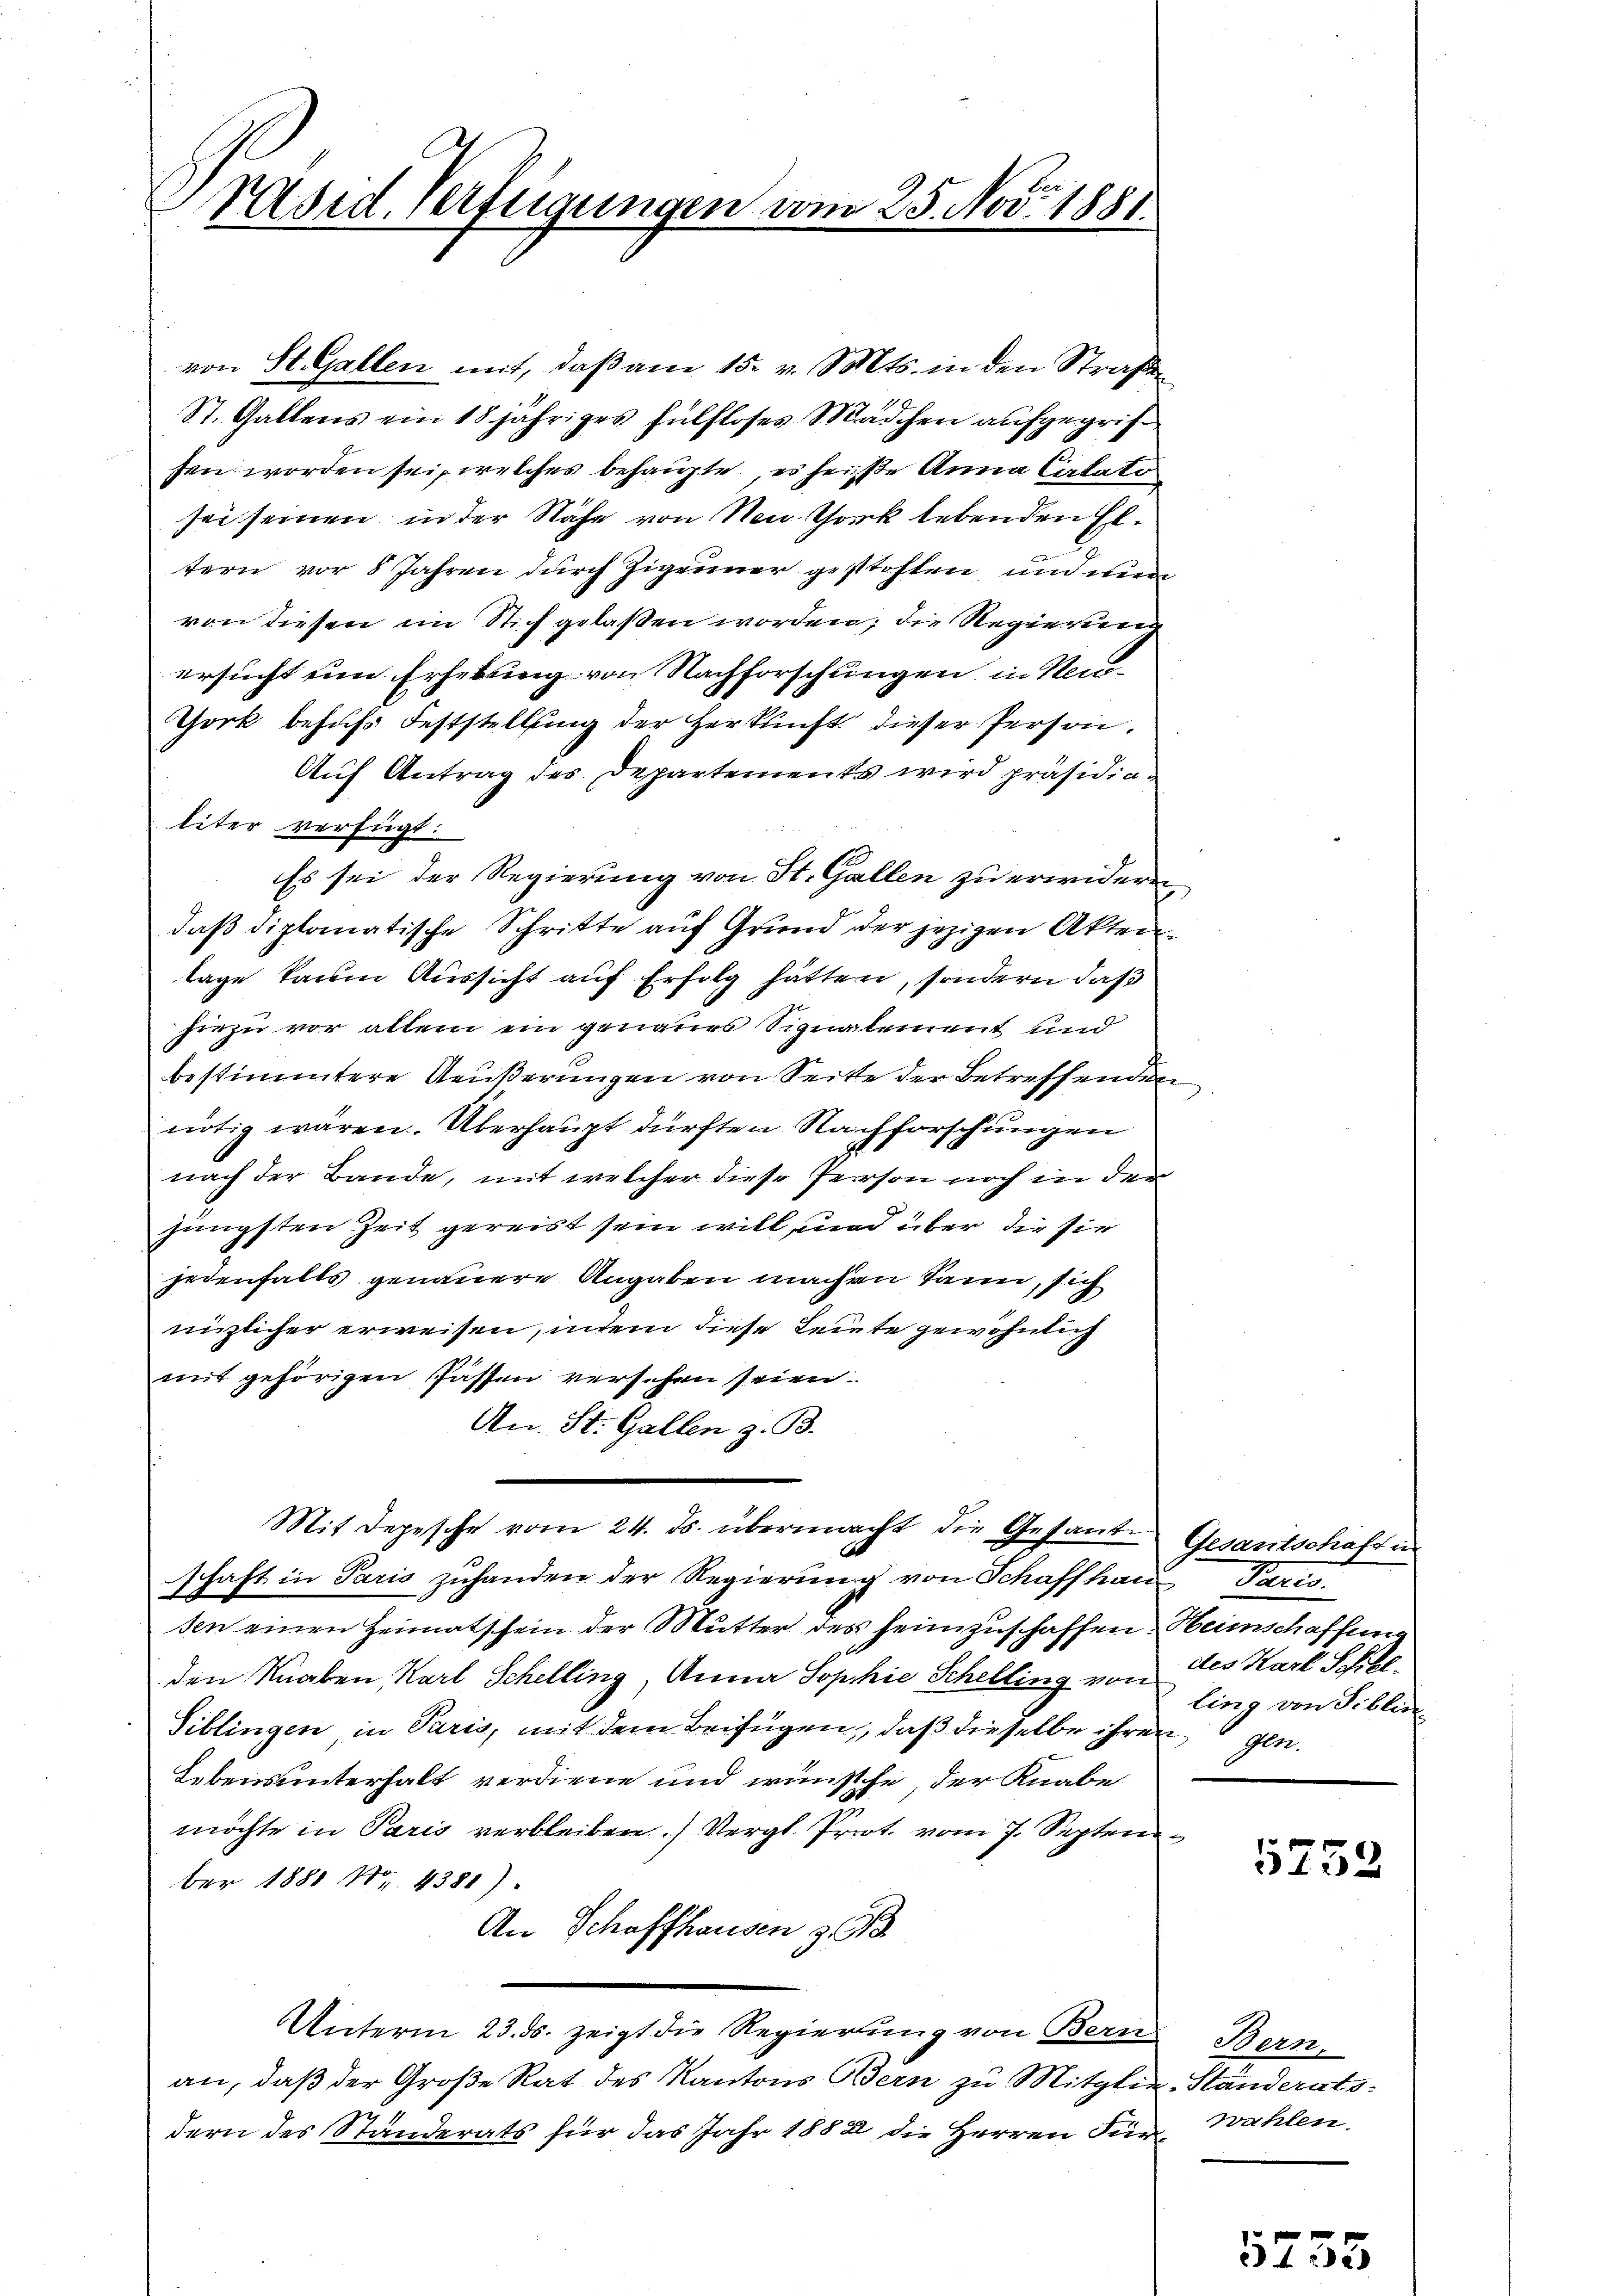
.
Päsid. Verfügungen vom 25. Nov. 1881

von St. Gallen mit, daß am 15. v. Mts. in den Straßen
St. Gallens ein 18 jähriges hülfloses Mädchen aufgegrif
fen worden sei, welches behaupte, es heiße Anna Catalo
sei seinen in der Nähe von Non Chork lebenden Eltern vor 8 Jahren durch Zigeuner gestoften, und ma
von diesen im Stich gelaßen worden; die Regierung
ersucht ein Erhebung von Nachforschungen in Neu-
Tork behufs Feststellung der Herkunft dieser Person.
Auf Antrag des Departements wird präsidialiter verfügt:
Es sei der Regierung von St. Gallen zu erwideren
daß diplomatische Schritte auf Grund der jezigen Aktenlage kaum Aussicht auf Erfolg hätten, sondern daß
hiezu vor allein ein genaues Signalement und
bestimmtere Aeußerungen von Seite der Betreffenden
nötig wären. Überhaupt dürften Nachforschungen
nach der Bande, mit welcher diese Person noch in der
jüngsten Zeit gereist sein will und über die sie
jedenfalls genauere Angaben machen kann, sich
niglicher erweisen, indem diese Leute gewöhnlich
mit gehörigen Passen versehen seien.
An St. Gallen z. B.
Mit Depesche vom 24. ds. übermacht die Gesante Gesantschaftun
schaft in Paris zuhanden der Regierung von Schaffhaus Paris
sen einen Heimatschein der Mutter des heimzuschaffen. Heimschaffung
den Knaben, Karl Schelling, Anna Sophie Schelling von des Karl Schil
Siblingen in Paris, mit dem Beifügen, daß dieselbe ihren gen
Lebensunterhalt verdiene und wünsche, der Knabe
möchte in Paris verbleiben.) Vergl. Prot vom 7. Septen
ber 1881 Nr. 4381).
An Schaffhausen z
Unterm 23. ds. zeigt die Regierung von Bern
an, daß der Große Rat des Kantons Bern zu Mitglie-Standerats-
dern des Standerats für das Jahr 1882 die Herren Für¬

ling von Piblin

2

5752

Bern,
wahlen.

1732